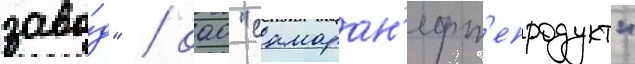
заво́д" / оао "самаран'ефт'епродукт"